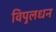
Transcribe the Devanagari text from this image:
विपुलधन